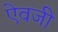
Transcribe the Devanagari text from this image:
एेवजी